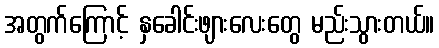
အတွက်ကြောင့် နှခေါင်းဖျားလေးတွေ မည်းသွားတယ်။